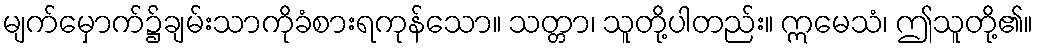
မျက်မှောက်၌ချမ်းသာကိုခံစားရကုန်သော။ သတ္တာ၊ သူတို့ပါတည်း။ ဣမေသံ၊ ဤသူတို့၏။